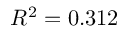
R ^ { 2 } = 0 . 3 1 2